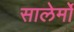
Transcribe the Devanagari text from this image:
सालेर्मो